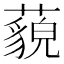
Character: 藐